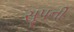
સૂપની